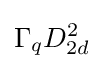
\Gamma _{q}D_{2d}^{2}